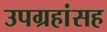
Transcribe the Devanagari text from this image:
उपग्रहांसह